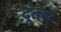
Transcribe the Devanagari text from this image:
दूतम्‌